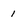
Character: 1